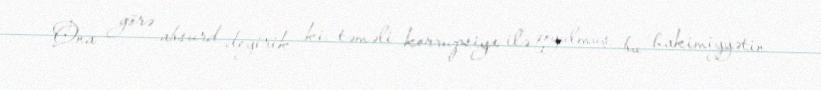
Ona görə absurd deyirik ki, təməli korrupsiya ilə qoyulmuş bu hakimiyyətin